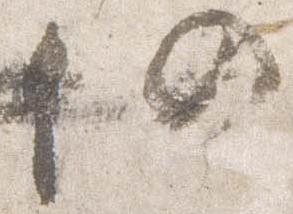
仍